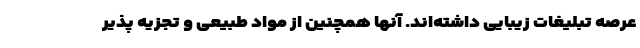
عرصه تبلیغات زیبایی داشته‌اند. آنها همچنین از مواد طبیعی و تجزیه پذیر